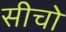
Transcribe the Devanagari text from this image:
सीचो